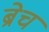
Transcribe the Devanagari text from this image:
ब्रेच